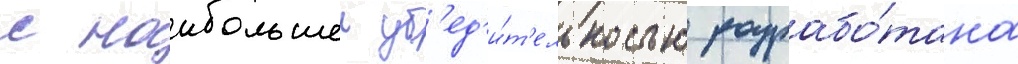
с наибольшеи уб'ед'и́т'ельностью разрабо́тана